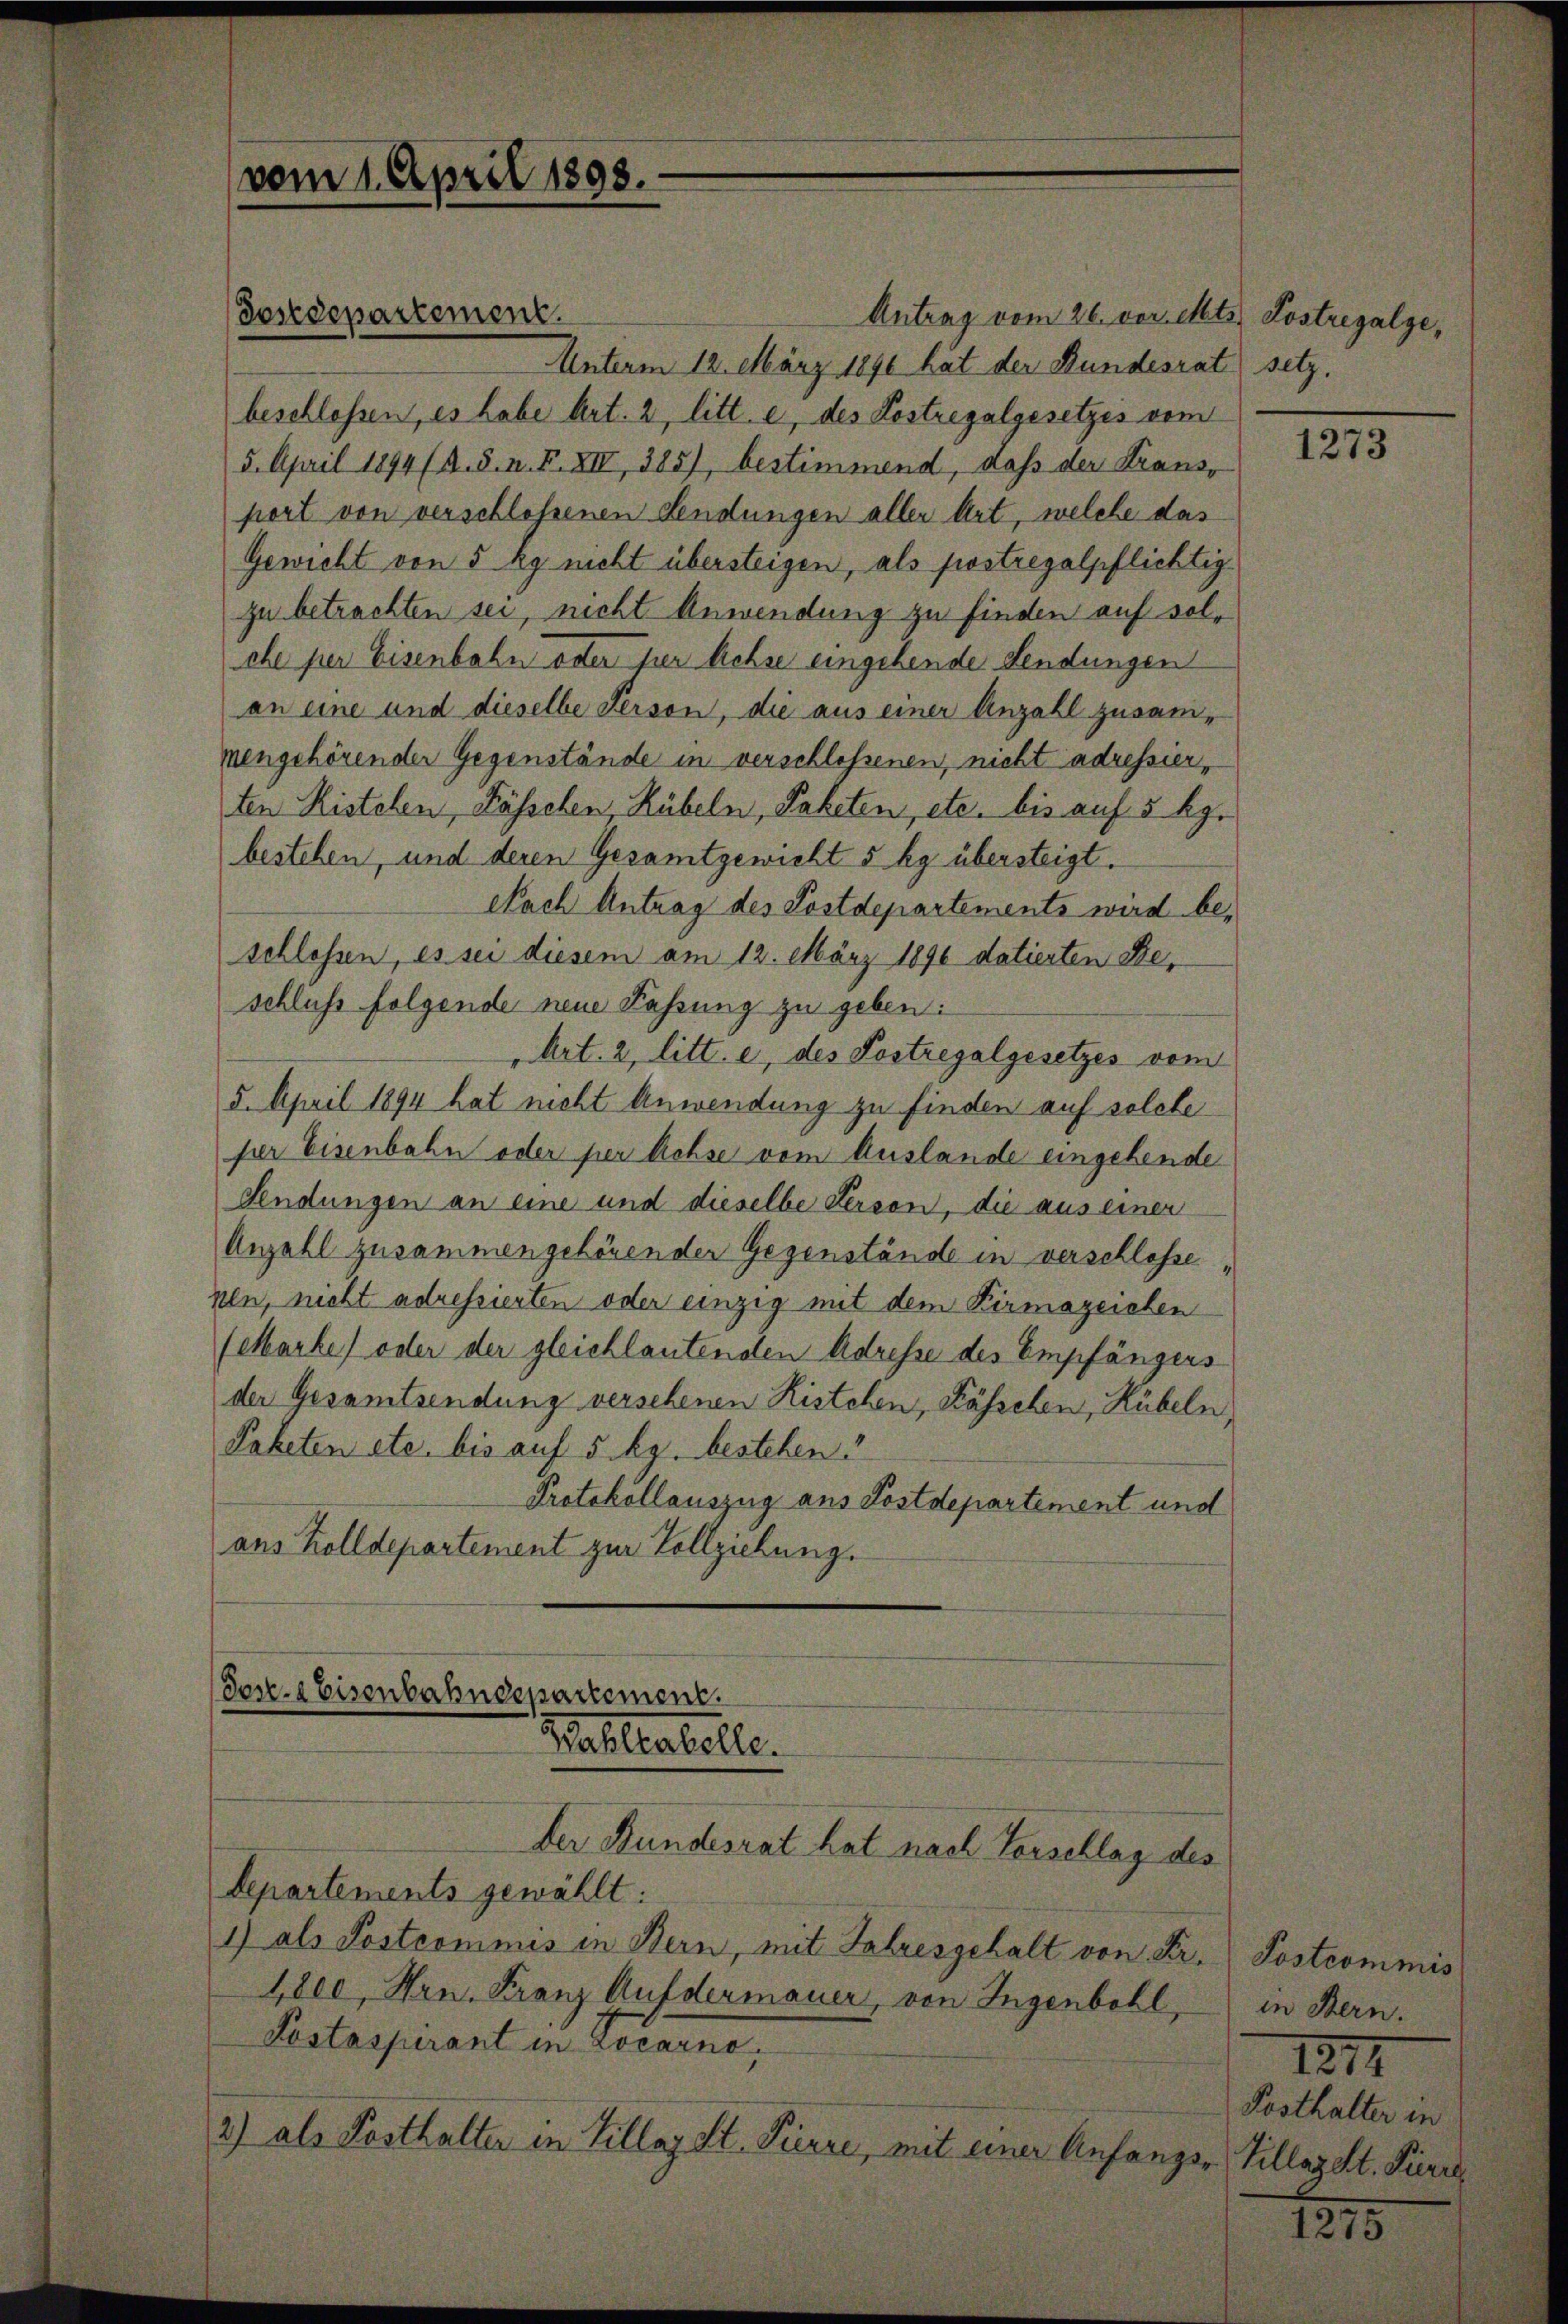
Antrag vom 26. vor. Mts.
Unterm 12. März 1890 hat der Bundesrat
beschlossen, es habe Art. 2, litt. e, des Lostregalgesetzes vom
5. April 1894 (A. S. n. F. XIV 385), bestimmend, daß der Kransport von verschlossenen Sendungen aller Art, welche das
Gewicht von 5 kg nicht übersteigen, als postregalpflichtigzu betrachten sei, nicht Anwendung zu finden auf solche per Eisenbahn oder per Achse eingehende Sendungen
an eine und dieselbe Person, die aus einer Anzahl zusammengehörender Gegenstände in verschlossenen, nicht adressierten Kistehen, Kässchen, Rübeln, Paketen, etc. bis auf 5 kg.
bestehen, und deren Gesamtgewicht 5 kg übersteigt.
Nach Antrag des Postdepartements wird beschlossen, es sei diesem am 12. März 1890 datierten Beschluss folgende neue Fassung zu geben:
Art. 2, litt. e, des Postregalgesetzes vom
5. April 1894 hat nicht Anwendung zu finden auf solche
per Eisenbahn oder per Achse vom Auslande eingehende
Sendungen an eine und dieselbe Person, die aus einen
Anzahl zusammengehörender Gegenstände in verschlosse
nen, nicht adressierten oder einzig mit dem Kirmazeichen
(etbarke) oder der gleichlautenden Adresse des Empfängers
der Gesamtsendung versehenen Kistehen, Kässchen, Hübeln
Paketen etc. bis auf 5 kg. bestehen.
Protokollauszug aus Postdepartement und
ans Zolldepartement zur Vollziehung.
dose. Eisenbahndepartement.

vom 1. April 1898.

Postdepartement.

Wahlkabelle.
Der Bundesrat hat nach Vorschlag des

Separtements gewählt:
1) als Postcommis in Bern, mit Jahresgehalt von Fr. Postcommis
4,800, Hrn. Franz Aufdermauer, von Ingenbohl,
Postaspirant in Locarno,
2) als Posthalter in Villay St. Pierre, mit einer Anfangs-

Lostregalse,
setz.

1273

in Bern.
1212
Posthalter in
 Villazelt. Pri

1215